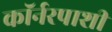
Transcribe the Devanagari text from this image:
कॉर्नरपाशी